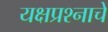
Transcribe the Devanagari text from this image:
यक्षप्रश्नाचें